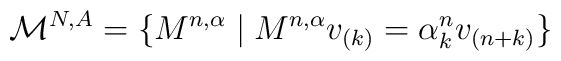
\mathcal{M}^{N,A}=\{M^{n,\alpha }\mid M^{n,\alpha }v_{(k)}=\alpha_{k}^{n}v_{(n+k)}\}